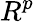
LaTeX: R^{p}